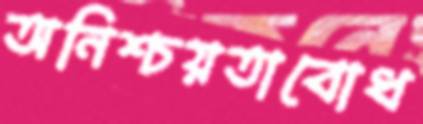
অনিশ্চয়তাবোধ